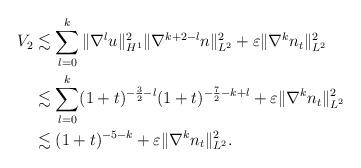
LaTeX: \begin{align*}\begin{aligned}V_2&\lesssim \sum_{l=0}^{k}\|\nabla^l u\|_{H^1}^2\|\nabla^{k+2-l}n\|_{L^2}^2+\varepsilon\|\nabla^k n_t\|_{L^2}^2\\&\lesssim \sum_{l=0}^{k}(1+t)^{-\frac{3}{2}-l}(1+t)^{-\frac{7}{2}-k+l}+\varepsilon\|\nabla^k n_t\|_{L^2}^2\\&\lesssim (1+t)^{-5-k}+\varepsilon\|\nabla^k n_t\|_{L^2}^2.\end{aligned}\end{align*}